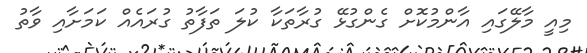
މިއީ މާލޭގައި އާންމުކޮށް ގެންގުޅޭ ގުރާތަކާ ކުލަ ތަފާތު ގުރައެއް ކަމަށާއި ވާތު